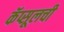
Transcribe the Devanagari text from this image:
कॅप्सूलची